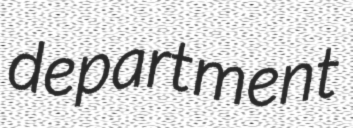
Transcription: department